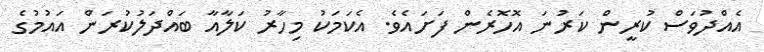
އެއްދުވަސް ކުރީން ކަރުނަ އޮހޮރެން ފަށައެވެ. އެކަމަކު މިހާރު ކަލާއާ ބައްދަލުކުރަން އައުމުގެ